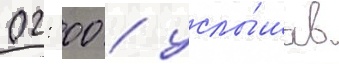
02: 00 / услы́шав